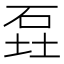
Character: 𮵎